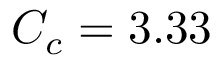
C _ { c } = 3 . 3 3